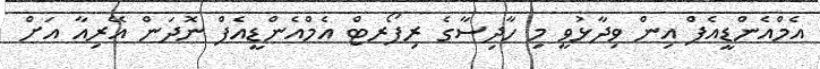
އެމްއެންޑީއެފް އިން ވިދާޅުވީ މި ހާދިސާގެ ރިޕޯރޓް އެމްއެންޑީއެފް ނޮދަން އޭރިއާ އަށް